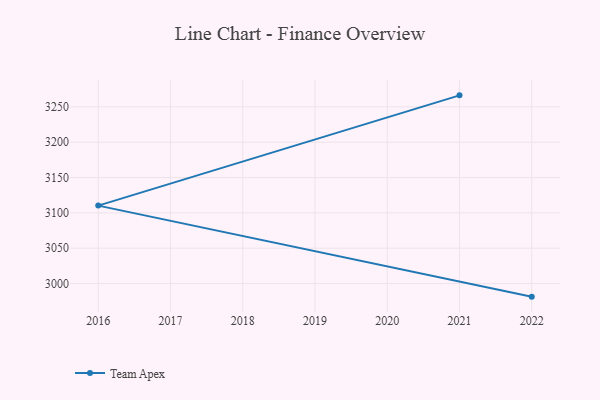
{"axis": {"x": "Year", "y": "Shipments"}, "legend": ["Team Apex"], "data": [{"x": "2021", "y": 3266.3, "type": "Team Apex"}, {"x": "2016", "y": 3110.3, "type": "Team Apex"}, {"x": "2022", "y": 2981.5, "type": "Team Apex"}]}